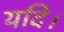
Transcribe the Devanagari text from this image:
यदि।